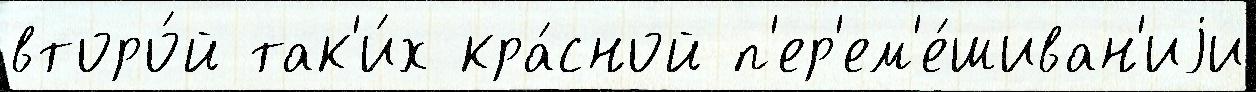
второ́й так'и́х кра́сной п'ер'ем'е́шиван'иjи